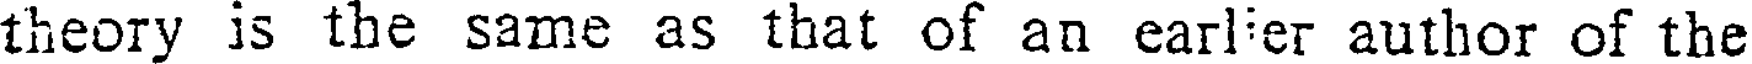
theory is the same as that of an earlier author of the